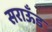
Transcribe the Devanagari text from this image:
सराऊँड